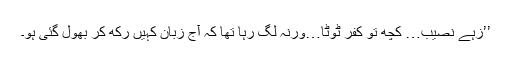
’’زہے نصیب… کچھ تو کفر ٹوٹا…ورنہ لگ رہا تھا کہ آج زبان کہیں رکھ کر بھول گئی ہو۔